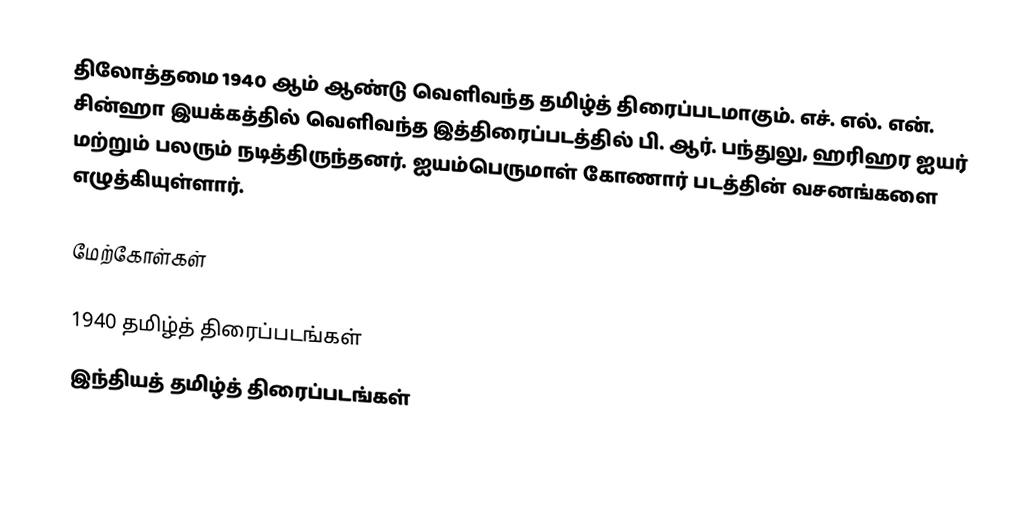
திலோத்தமை 1940 ஆம் ஆண்டு வெளிவந்த தமிழ்த் திரைப்படமாகும். எச். எல். என். சின்ஹா இயக்கத்தில் வெளிவந்த இத்திரைப்படத்தில் பி. ஆர். பந்துலு, ஹரிஹர ஐயர் மற்றும் பலரும் நடித்திருந்தனர். ஐயம்பெருமாள் கோணார் படத்தின் வசனங்களை எழுத்கியுள்ளார்.

மேற்கோள்கள்

1940 தமிழ்த் திரைப்படங்கள்
இந்தியத் தமிழ்த் திரைப்படங்கள்